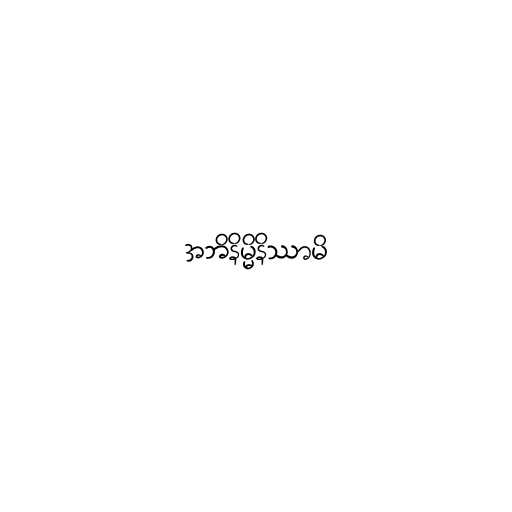
အဘိနိမ္မိနိဿာမိ